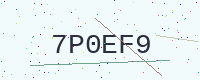
Text: 7P0EF9